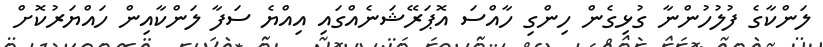
ލަންކާގެ ފުލުހުންނާ ގުޅިގެން ހިންގި ހާއްސަ އޮޕަރޭޝަނެެއްގައި އިއްޔެ ސަފާ ލަންކާއިން ހައްޔަރުކޮށް